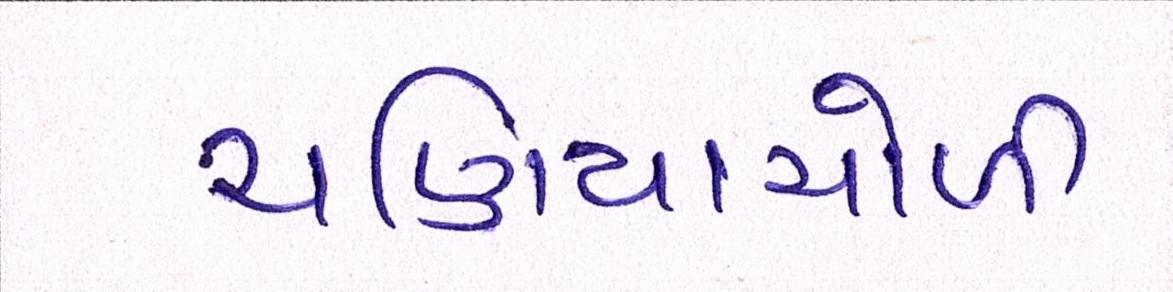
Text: ચણિયાચોળી